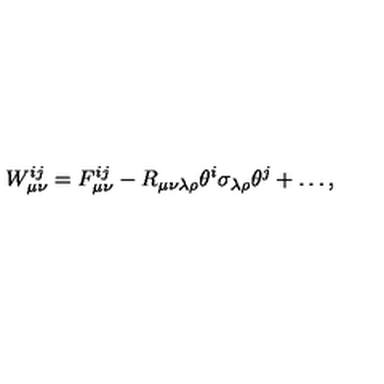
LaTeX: W _ { \mu \nu } ^ { i j } = F _ { \mu \nu } ^ { i j } - R _ { \mu \nu \lambda \rho } \theta ^ { i } \sigma _ { \lambda \rho } \theta ^ { j } + \dots ,